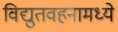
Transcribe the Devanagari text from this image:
विद्युतवहनामध्ये